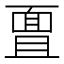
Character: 𮧊